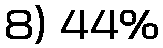
8) 44%